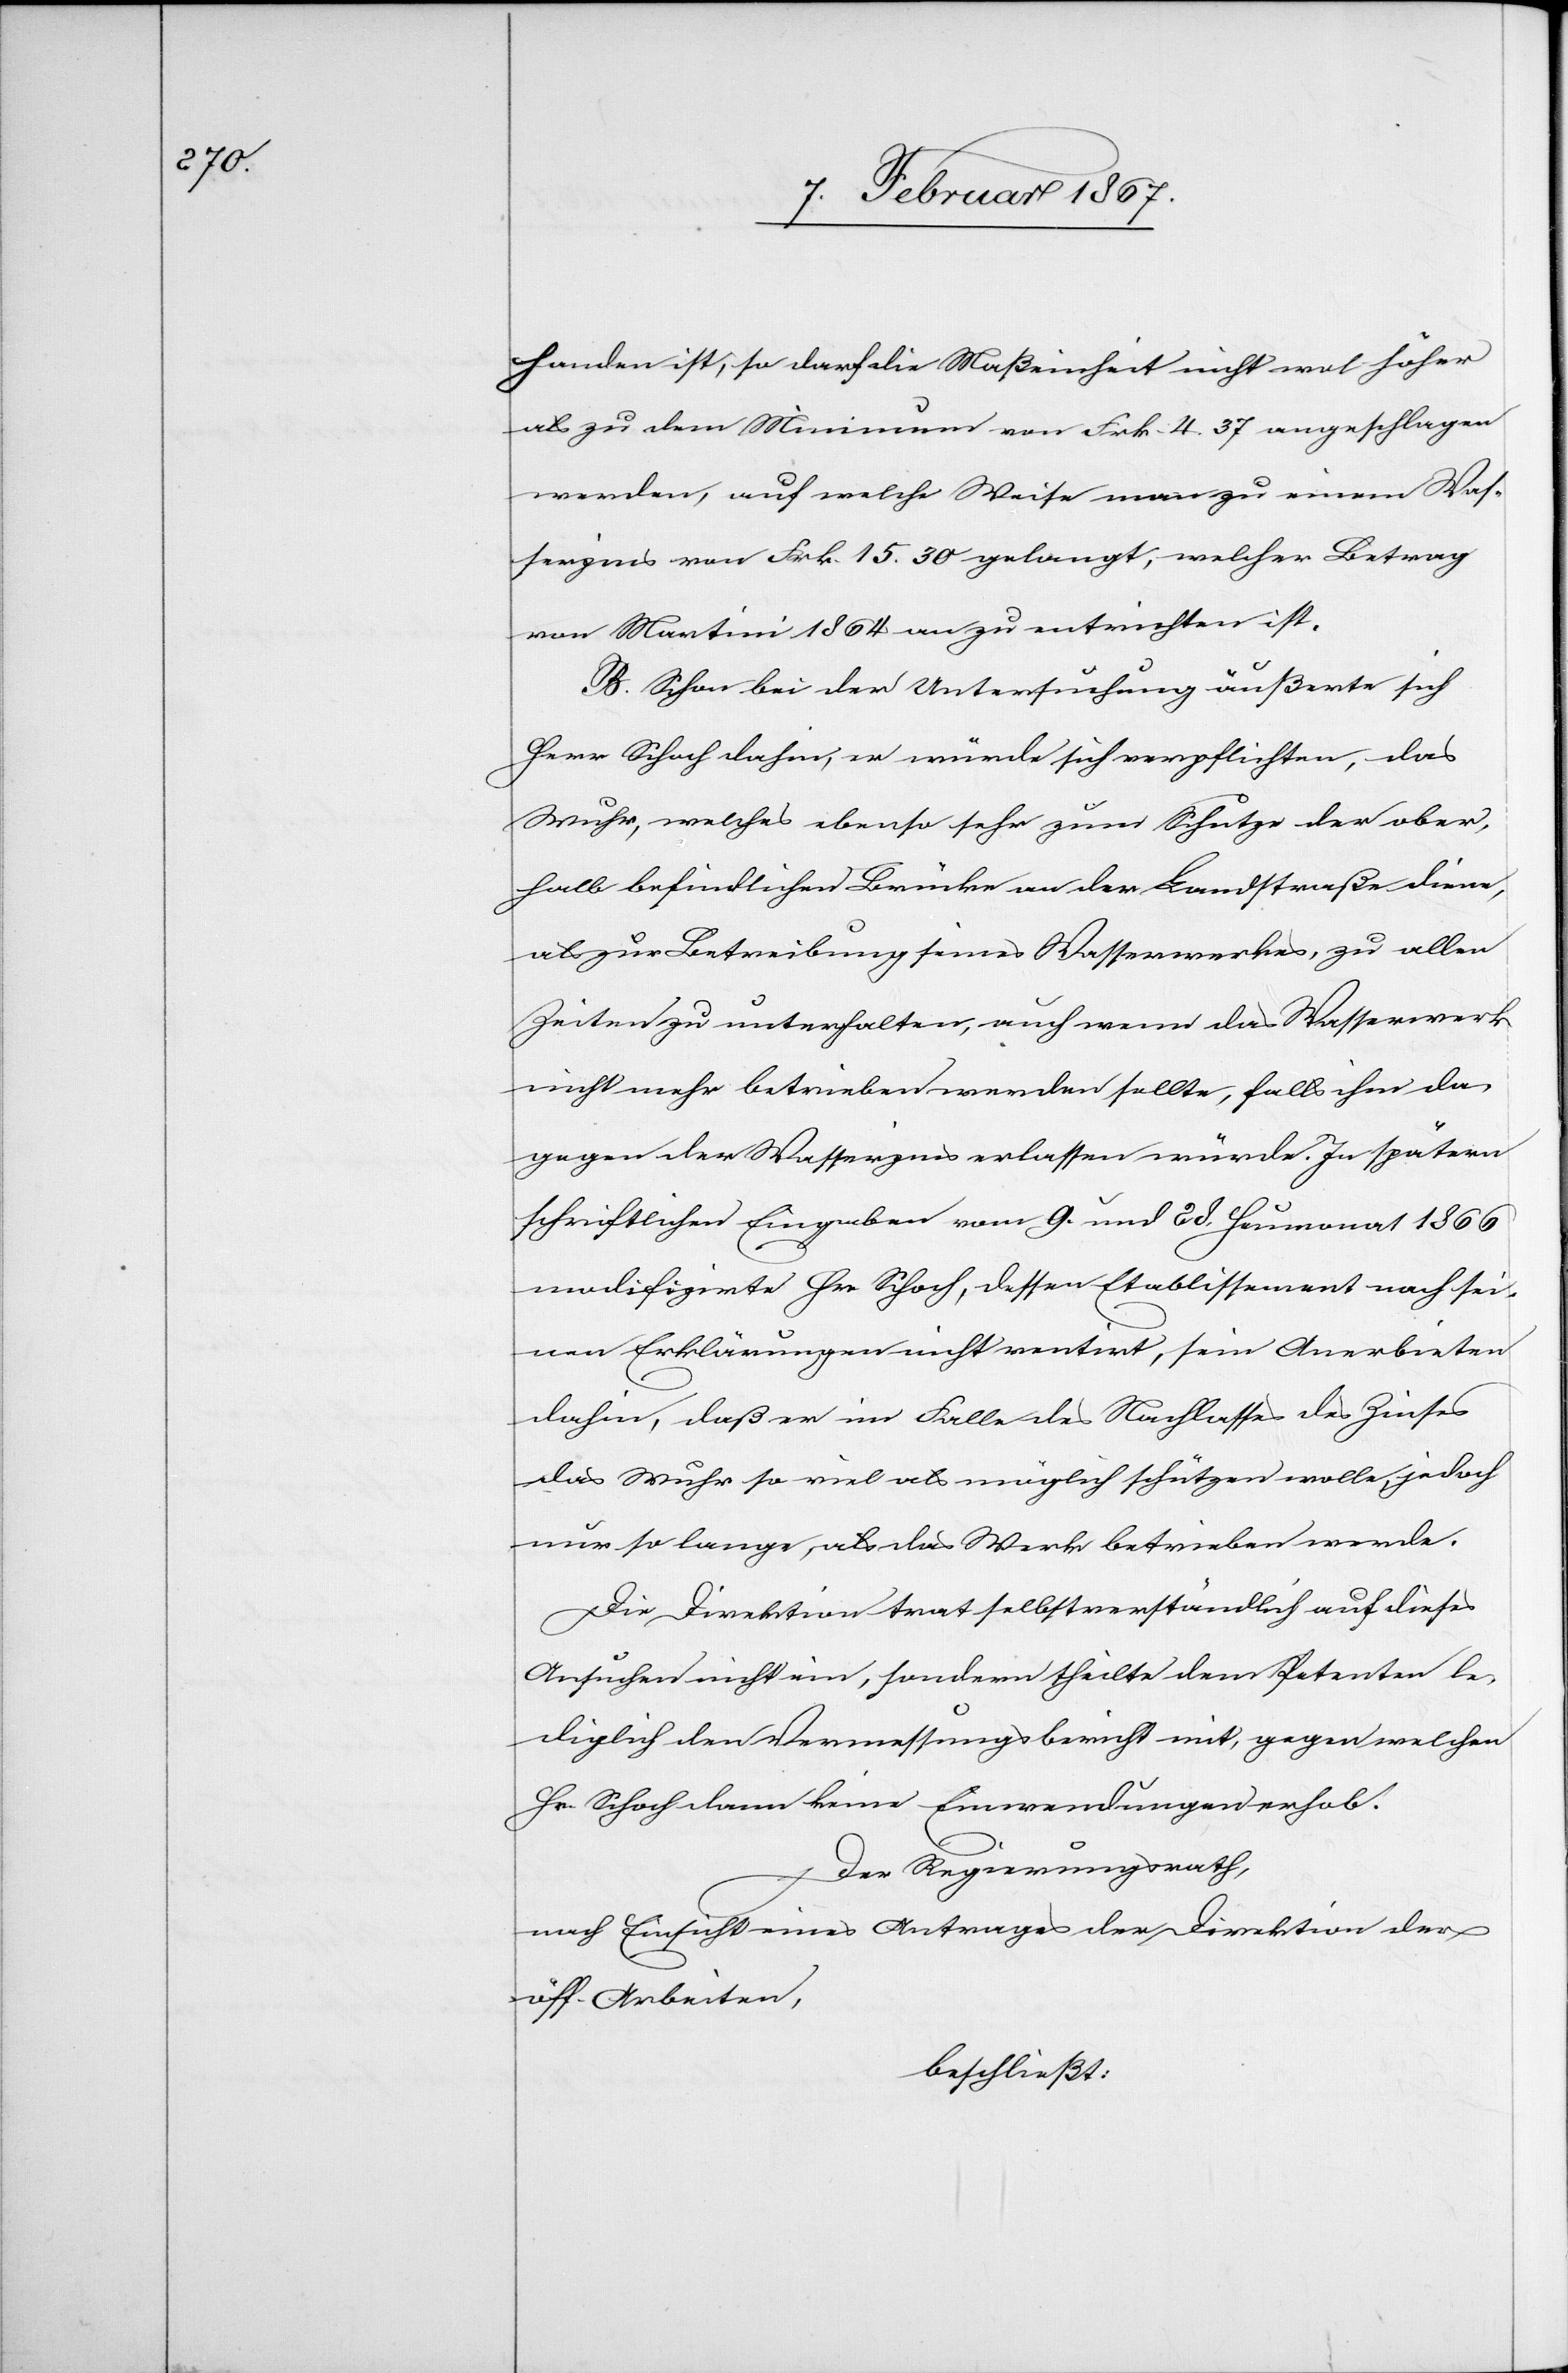
handen ist, so darf die Maßeinheit nicht wol höher
als zu dem Minimum von Frk. 4.37 angeschlagen
werden, auf welche Weise man zu einem Was¬
serzins von Frk. 15.30 gelangt, welcher Betrag
von Martini 1864 an zu entrichten ist.
B. Schon bei der Untersuchung äußerte sich
Herr Schoch dahin, er würde sich verpflichten, das
Wuhr, welches ebenso sehr zum Schutze der ober¬
halb befindlichen Brücke an der Landstraße diene,
als zur Betreibung seines Wasserwerkes, zu allen
Zeiten zu unterhalten, auch wenn das Wasserwerk
nicht mehr betrieben werden sollte, falls ihm da¬
gegen der Wasserzins erlassen würde. In spätern
schriftlichen Eingaben vom 9. und 28. Heumonat 1866
modifizirte Hr. Schoch, dessen Etablissement nach sei¬
nen Erklärungen nicht rentirt, sein Anerbieten
dahin, daß er im Falle des Nachlasses des Zinses
das Wuhr so viel als möglich schützen wolle, jedoch
nur so lange, als das Werk betrieben werde.
Die Direktion trat selbstverständlich auf dieses
Ansuchen nicht ein, sondern theilte dem Petenten le¬
diglich den Vermessungsbericht mit, gegen welchen
Hr. Schoch keine Einwendungen erhob.
Der Regierungsrath,
nach Einsicht eines Antrages der Direktion der
öff. Arbeiten,
beschließt: